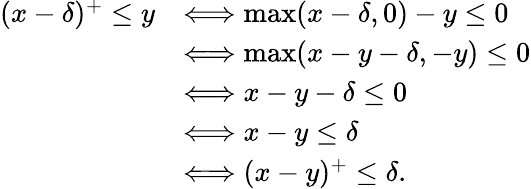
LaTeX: \begin{array}{rl}{(x-\delta)^{+}\leq y}&{\Longleftrightarrow\operatorname*{max}(x-\delta,0)-y\leq 0}\\ &{\Longleftrightarrow\operatorname*{max}(x-y-\delta,-y)\leq 0}\\ &{\Longleftrightarrow x-y-\delta\leq 0}\\ &{\Longleftrightarrow x-y\leq\delta}\\ &{\Longleftrightarrow(x-y)^{+}\leq\delta.}\end{array}